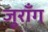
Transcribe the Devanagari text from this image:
जुराँग